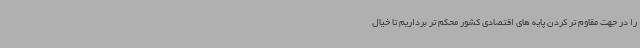
را در جهت مقاوم تر کردن پایه های اقتصادی کشور محکم تر برداریم تا خیال